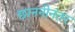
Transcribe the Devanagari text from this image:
छाननीनंतर